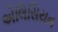
એલિસિયન